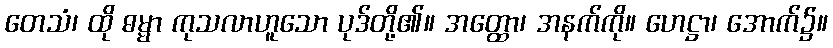
တေသံ၊ ထို ဓမ္မာ ကုသလာဟူသော ပုဒ်တို့၏။ အတ္ထော၊ အနက်ကို။ ဟေဋ္ဌာ၊ အောက်၌။